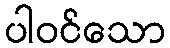
ပါဝင်သော